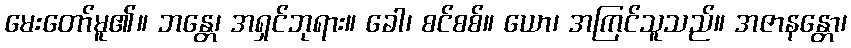
မေးတော်မူ၏။ ဘန္တေ၊ အရှင်ဘုရား။ ခေါ၊ စင်စစ်။ ယော၊ အကြင်သူသည်။ အဇာနန္တော၊